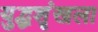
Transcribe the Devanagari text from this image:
युद्धशृंखला